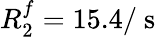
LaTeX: R_{2}^{f}=15.4/\mathrm{~s~}